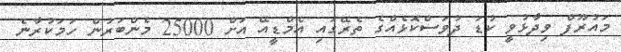
މައުރޫފް ވިދާޅުވީ ކުޑަ ދުވަސްކޮޅެއްގެ ތެރޭގައި އެމްޑީއޭ އަށް 25000 މެންބަރުން ހަމަކުރާނެ